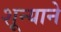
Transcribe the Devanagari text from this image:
शून्याने